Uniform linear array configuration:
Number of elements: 8
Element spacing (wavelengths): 0.25
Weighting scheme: hann
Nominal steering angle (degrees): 45
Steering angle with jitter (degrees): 43.431
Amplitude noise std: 0.05
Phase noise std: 0.05

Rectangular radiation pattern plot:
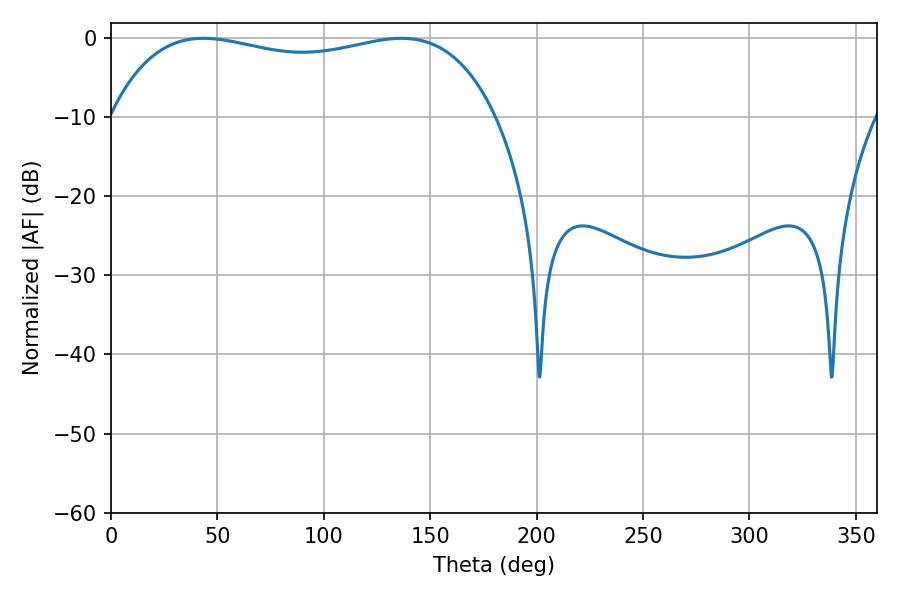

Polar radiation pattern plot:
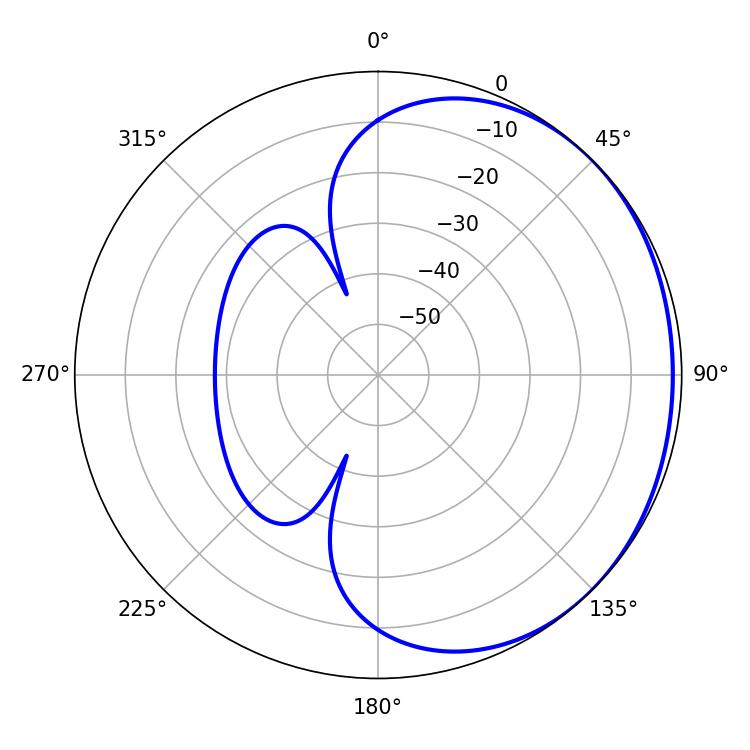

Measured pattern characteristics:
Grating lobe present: FALSE
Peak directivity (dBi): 0.9878
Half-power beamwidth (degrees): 146.88
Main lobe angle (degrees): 43.38